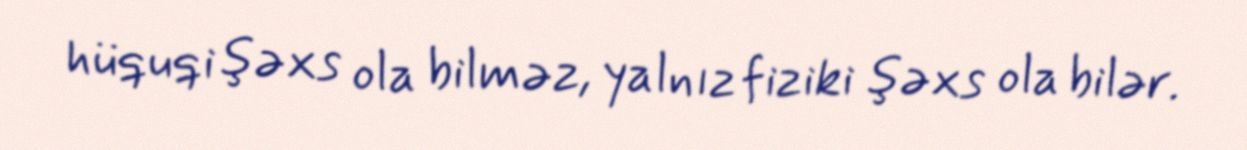
hüquqi şəxs ola bilməz, yalnız fiziki şəxs ola bilər.